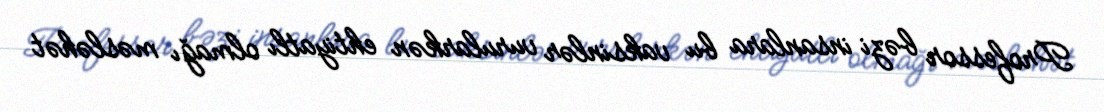
Professor bəzi insanlara bu vaksinlər vurularkən ehtiyatlı olmağı məsləhət